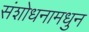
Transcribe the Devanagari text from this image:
संशोधनामधुन